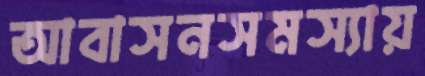
আবাসনসমস্যায়